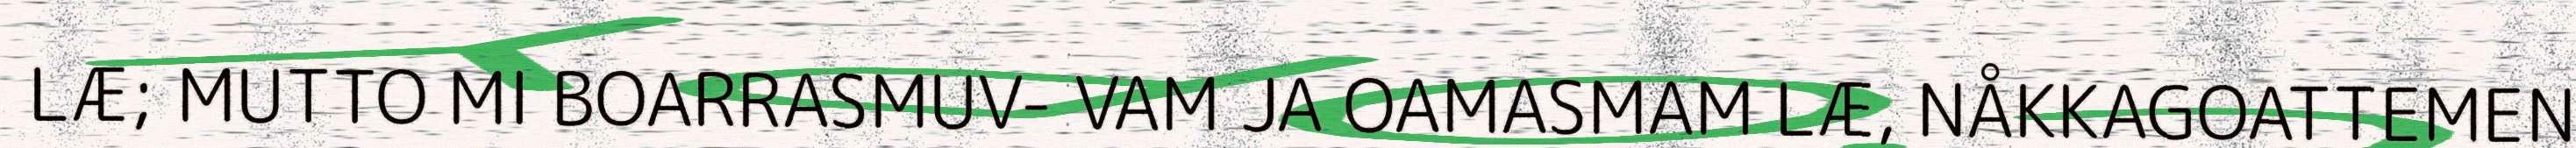
LÆ; MUTTO MI BOARRASMUV- VAM JA OAMASMAM LÆ, NÅKKAGOATTEMEN